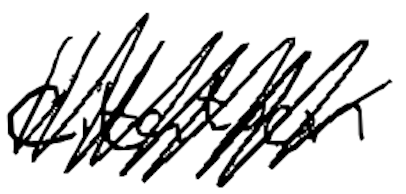
Text: citation
Cross-out: mix
Writing tool: digital_black